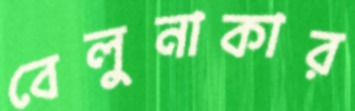
বেলুনাকার